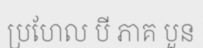
ប្រហែល បី ភាគ បួន